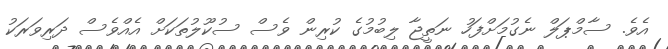
އެވެ. ސާމްޕަލް ނެގުމަށްފަހު ނަތީޖާ ލިބުމުގެ ކުރިން ވެސް ސުކޫލުތަކަށް އެއްވެސް ދަރިވަރަކު